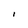
Character: l